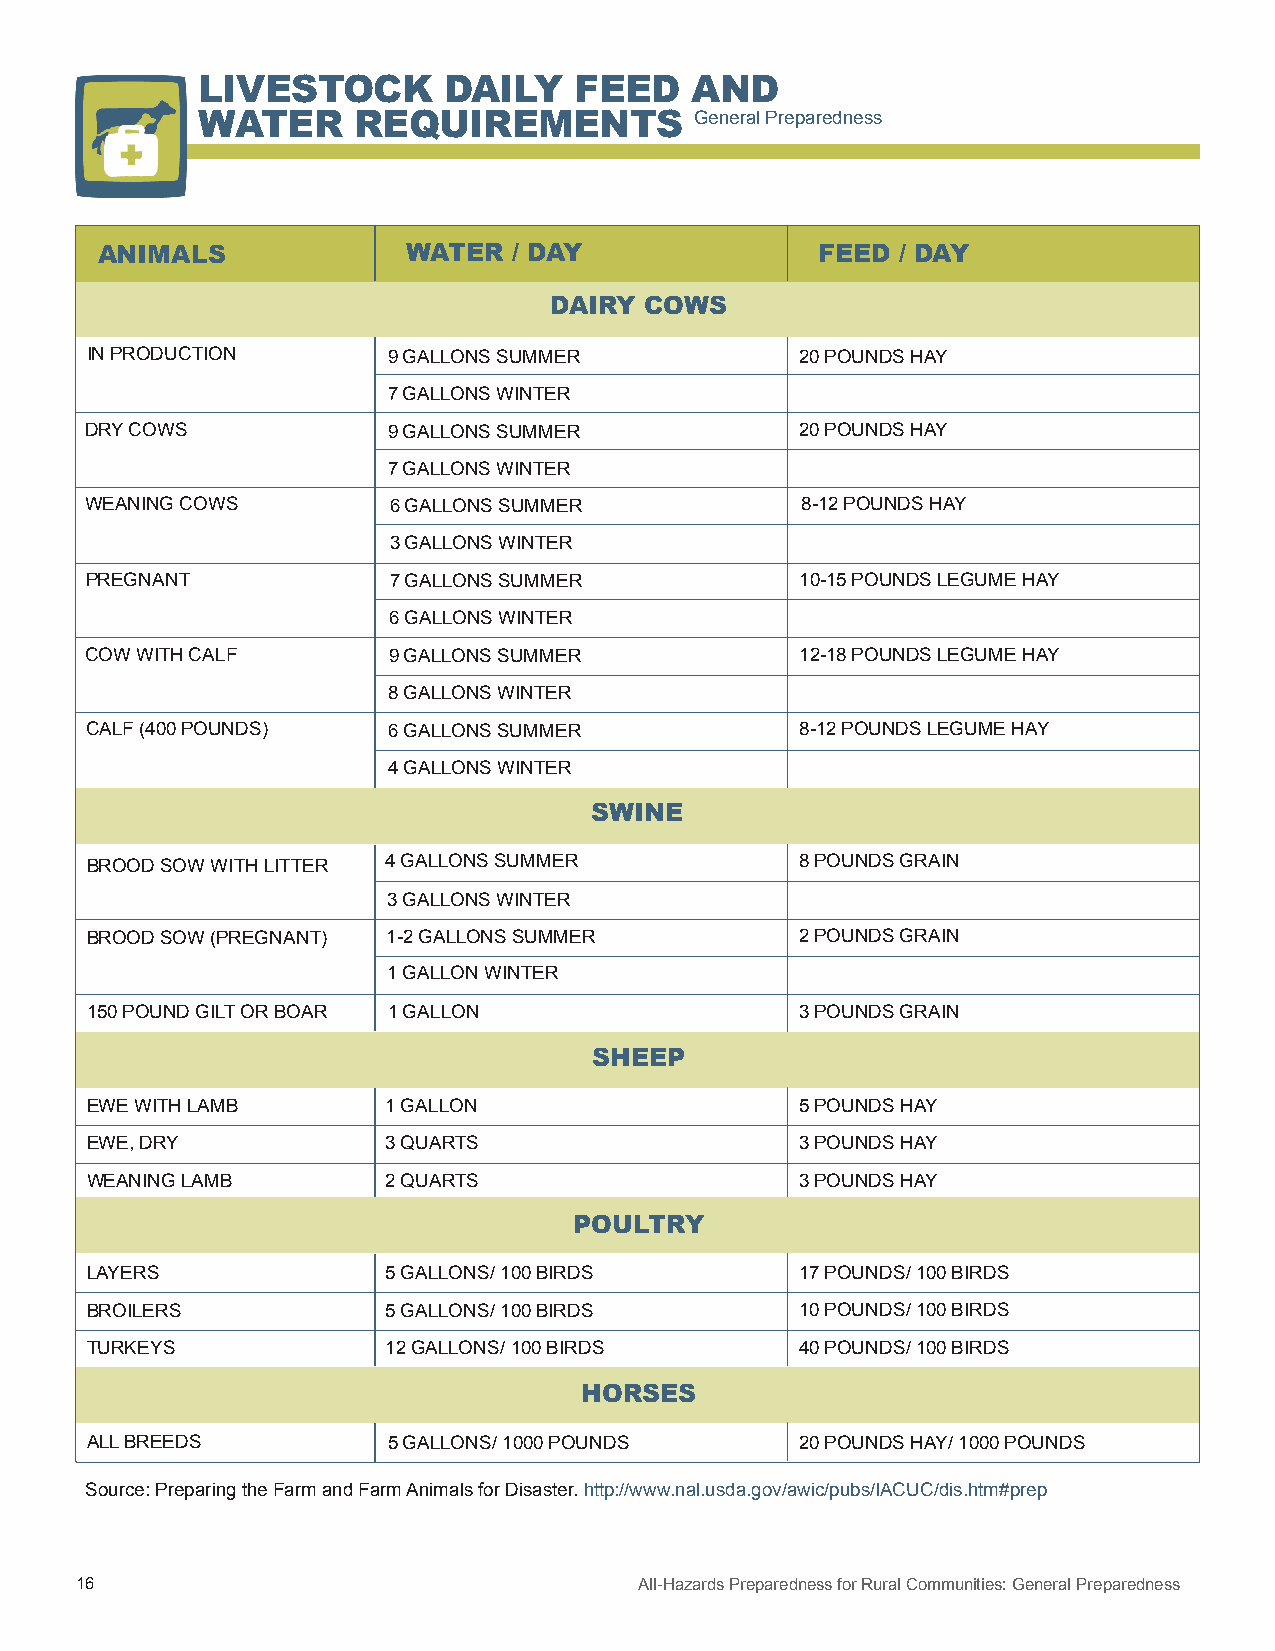
LIVESTOCK       DAILY    FEED    AND
 WATER     REQUIREMENTS           General Preparedness
 ANIMALS              WATER  / DAY               FEED / DAY
 DAIRY  COWS
 IN PRODUCTION       9 GALLONS SUMMER           20 POUNDS HAY
 7 GALLONS WINTER
 DRY COWS            9 GALLONS SUMMER           20 POUNDS HAY
 7 GALLONS WINTER
 WEANING COWS        6 GALLONS SUMMER           8-12 POUNDS HAY
 3 GALLONS WINTER
 PREGNANT            7 GALLONS SUMMER           10-15 POUNDS LEGUME HAY
 6 GALLONS WINTER
 COW WITH CALF       9 GALLONS SUMMER           12-18 POUNDS LEGUME HAY
 8 GALLONS WINTER
 CALF (400 POUNDS)   6 GALLONS SUMMER           8-12 POUNDS LEGUME HAY
 4 GALLONS WINTER
 SWINE
 BROOD SOW WITH LITTER 4 GALLONS SUMMER         8 POUNDS GRAIN
 3 GALLONS WINTER
 BROOD SOW (PREGNANT) 1-2 GALLONS SUMMER        2 POUNDS GRAIN
 1 GALLON WINTER
 150 POUND GILT OR BOAR 1 GALLON                3 POUNDS GRAIN
 SHEEP
 EWE WITH LAMB       1 GALLON                   5 POUNDS HAY
 EWE, DRY            3 QUARTS                   3 POUNDS HAY
 WEANING LAMB        2 QUARTS                   3 POUNDS HAY
 POULTRY
 LAYERS              5 GALLONS/ 100 BIRDS       17 POUNDS/ 100 BIRDS
 BROILERS            5 GALLONS/ 100 BIRDS       10 POUNDS/ 100 BIRDS
 TURKEYS             12 GALLONS/ 100 BIRDS      40 POUNDS/ 100 BIRDS
 HORSES
 ALL BREEDS          5 GALLONS/ 1000 POUNDS     20 POUNDS HAY/ 1000 POUNDS
 Source: Preparing the Farm and Farm Animals for Disaster. http://www.nal.usda.gov/awic/pubs/IACUC/dis.htm#prep
 16                                   All-Hazards Preparedness for Rural Communities: General Preparedness